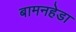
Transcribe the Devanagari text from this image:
बामनहेडा